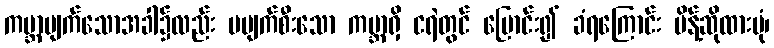
ကမ္ဘာပျက်သောအခါ၌လည်း မပျက်စီးသော ကမ္ဘာရှိ ငရဲတွင် ပြောင်း၍ ခံရကြောင်း မိန့်ဆိုထားပုံ၊